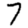
Digit: 7